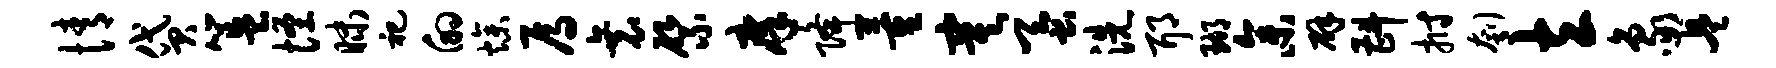
情贷簋怪昧祀的燥焉衰綮庠降董寞蚕洗耶瑚参辟斟拊刳立象兵